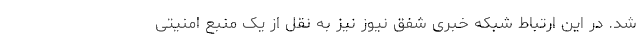
شد. در این ارتباط شبکه خبری شفق نیوز نیز به نقل از یک منبع امنیتی